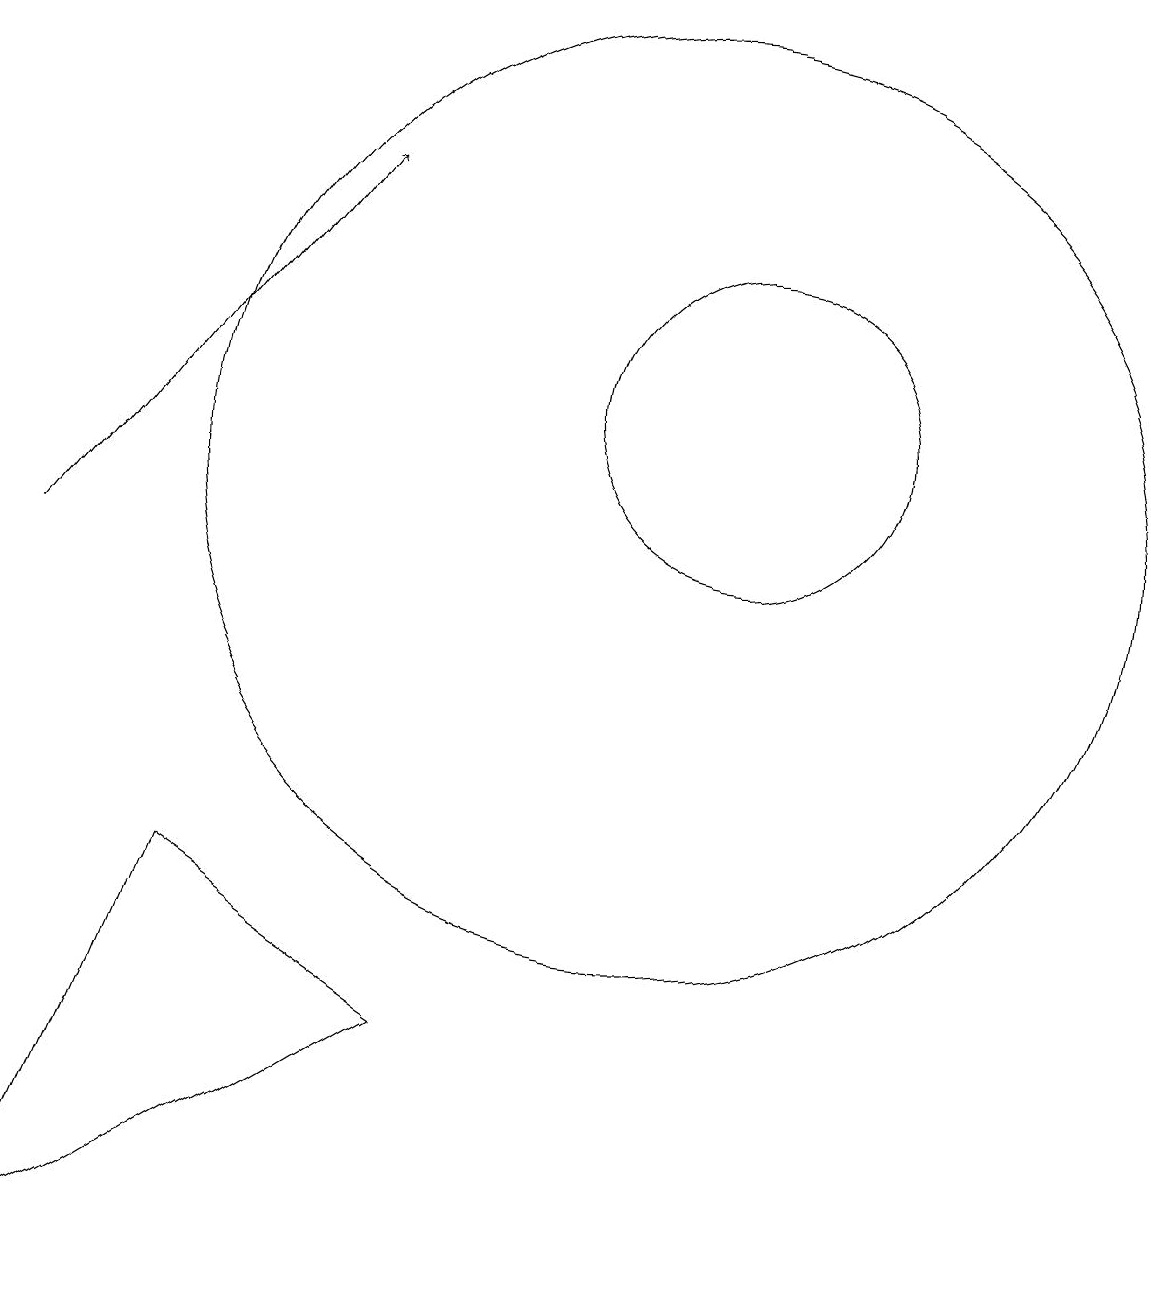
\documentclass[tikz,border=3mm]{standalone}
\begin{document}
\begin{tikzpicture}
\draw (10,11) circle (6);
\draw[->] (2,10) -- (6,15);
\draw (4,6) -- (2,1) -- (7,4) -- cycle;
\draw (11,12) circle (2);
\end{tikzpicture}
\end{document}